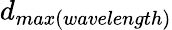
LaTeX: d_{max(wavelength)}